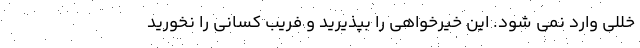
خللی وارد نمی شود. این خیرخواهی را بپذیرید و فریب کسانی را نخورید